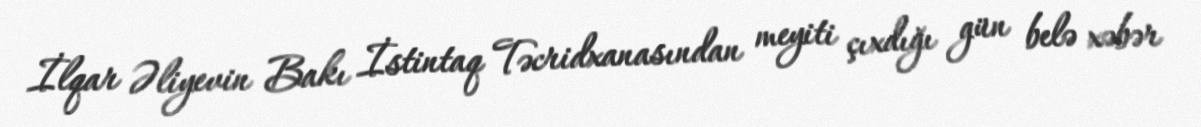
İlqar Əliyevin Bakı İstintaq Təcridxanasından meyiti çıxdığı gün belə xəbər